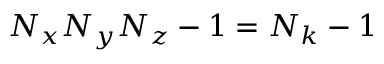
N _ { x } N _ { y } N _ { z } - 1 = N _ { k } - 1